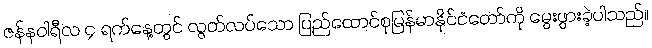
ဇန်နဝါရီလ ၄ ရက်နေ့တွင် လွတ်လပ်သော ပြည်ထောင်စုမြန်မာနိုင်ငံတော်ကို မွေးဖွားခဲ့ပါသည်။